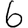
Digit: 6